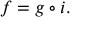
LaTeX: f = g \circ i .